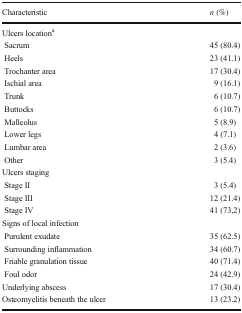
| Characteristic | n (%) |
 | --- | --- |
 | <COLSPAN=2> Ulcers locationa |
 | Sacrum | 45 (80.4) |
 | Heels | 23 (41.1) |
 | Trochanter area | 17 (30.4) |
 | Ischial area | 9 (16.1) |
 | Trunk | 6 (10.7) |
 | Buttocks | 6 (10.7) |
 | Malleolus | 5 (8.9) |
 | Lower legs | 4 (7.1) |
 | Lumbar area | 2 (3.6) |
 | Other | 3 (5.4) |
 | <COLSPAN=2> Ulcers staging |
 | Stage II | 3 (5.4) |
 | Stage III | 12 (21.4) |
 | Stage IV | 41 (73,2) |
 | <COLSPAN=2> Signs of local infection |
 | Purulent exudate | 35 (62.5) |
 | Surrounding inflammation | 34 (60.7) |
 | Friable granulation tissue | 40 (71.4) |
 | Foul odor | 24 (42.9) |
 | Underlying abscess | 17 (30.4) |
 | Osteomyelitis beneath the ulcer | 13 (23.2) |